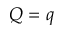
Q = q